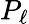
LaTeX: P_{\ell}